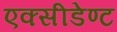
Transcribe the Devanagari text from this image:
एक्सीडेण्ट